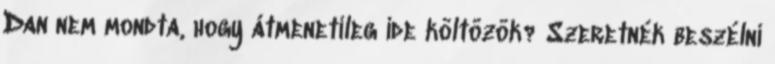
Dan nem mondta, hogy átmenetileg ide költözök? Szeretnék beszélni